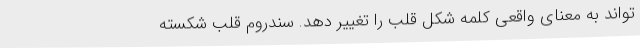
تواند به معنای واقعی کلمه شکل قلب را تغییر دهد. سندروم قلب شکسته